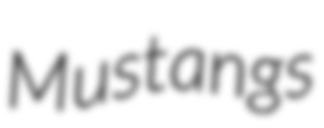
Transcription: Mustangs